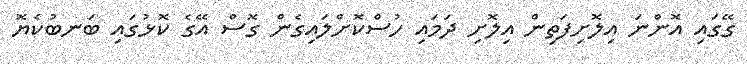
ގޭގައި އޮންނަ އިލޮށިފަތިން އިލޮށި ދަމައި ހުސްކޮށްލައިގެން ގޮސް އޭގެ ކޮޅުގައި ބަނބުކެޔޮ